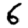
Digit: 6